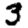
Digit: 3